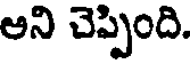
అని చెప్పింది.